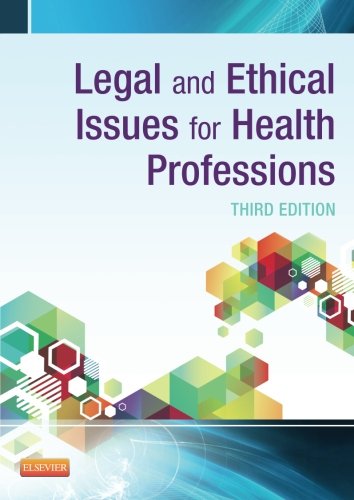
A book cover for Legal and Ethical Issues for Health Professions, 3e; Elsevier; Law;